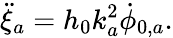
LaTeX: \ddot{\xi}_{a}=h_{0}k_{a}^{2}\dot{\phi}_{0,a}.